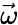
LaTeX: \vec{\omega}